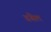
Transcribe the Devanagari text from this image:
डंबेल